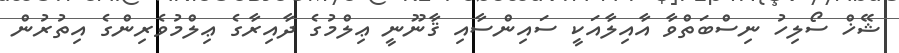
ޝޭޚް ސޯލިހު ނިސްބަތްވާ އާއިލާއަކީ ސައިންސާއި ޤާނޫނީ ޢިލްމުގެ ދާއިރާގެ ޢިލްމުވެރިންގެ އިތުރުން